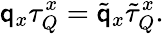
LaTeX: \mathsf{q}_{x}\tau_{Q}^{x}=\tilde{{\mathsf{q}}}_{x}\tilde{{\tau}}_{Q}^{x}.